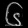
Digit: ၆